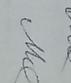
Signature authenticity: genuine